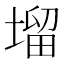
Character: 塯